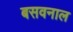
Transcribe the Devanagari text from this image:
बसवनाल